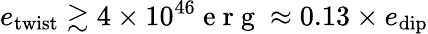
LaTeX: e_{\mathrm{twist}}\gtrsim 4\times 10^{46}\mathrm{~e~r~g~}\approx 0.13\times e_{\mathrm{dip}}